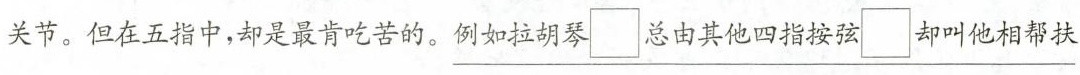
关节。但在五指中，却是最肯吃苦的。\underline{例如拉胡琴 \Box 总由其他四指按弦 \Box 却叫他相帮扶}